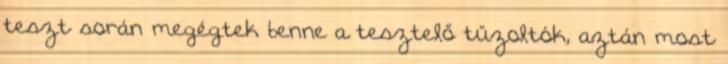
teszt során megégtek benne a tesztelő tűzoltók, aztán most